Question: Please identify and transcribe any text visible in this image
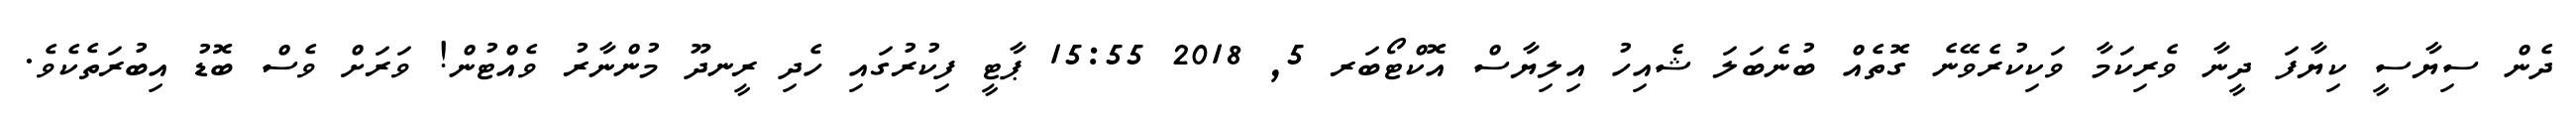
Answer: ދެން ސިޔާސީ ކިޔާފަ ދީނާ ވެރިކަމާ ވަކިކުރެވޭނެ ގޮތެއް ބުނެބަލަ ޝެއިހު އިލިޔާސް އޮކްޓޯބަރ 5, 2018 15:55 ޕާޓީ ފިކުރުގައި ހެދި ރީނދޫ މުންނާރު ވެއްޓުން! ވަރަށް ވެސް ބޮޑު އިބުރަތެކެވެ.